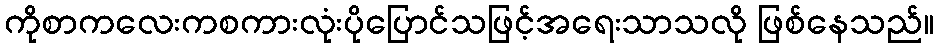
ကိုစာကလေးကစကားလုံးပိုပြောင်သဖြင့်အရေးသာသလို ဖြစ်နေသည်။